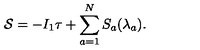
{ \cal S } = - I _ { 1 } \tau + \sum _ { a = 1 } ^ { N } S _ { a } ( \lambda _ { a } ) .